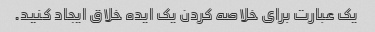
یک عبارت برای خلاصه کردن یک ایده خلاق ایجاد کنید.